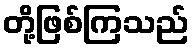
တို့ဖြစ်ကြသည်